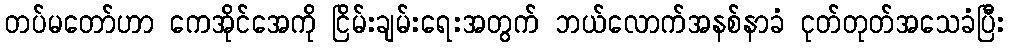
တပ်မတော်ဟာ ကေအိုင်အေကို ငြိမ်းချမ်းရေးအတွက် ဘယ်လောက်အနစ်နာခံ ငုတ်တုတ်အသေခံပြီး